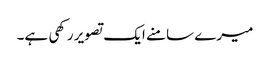
میرے سامنے ایک تصویر رکھی ہے۔